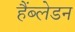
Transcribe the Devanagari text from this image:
हैंब्लेडन